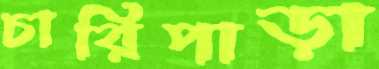
চারিপাড়া